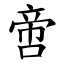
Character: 啻